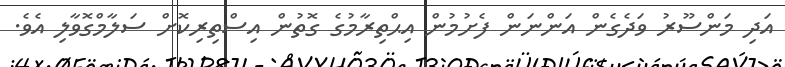
އަދި މަންސޫރު ވަދެގެން އަންނަން ފެށުމުން އިޙްތިރާމުގެ ގޮތުން އިސްތިރިކޮށް ސަލާމްގޮވާލި އެވެ.